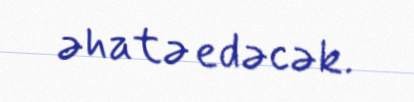
əhatə edəcək.